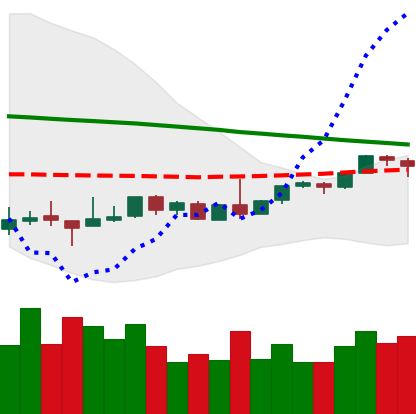
Ticker: BTC-USD
Chart end date: 2018-08-30
Forward return: 5.495%
Label: up_5_7